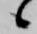
候